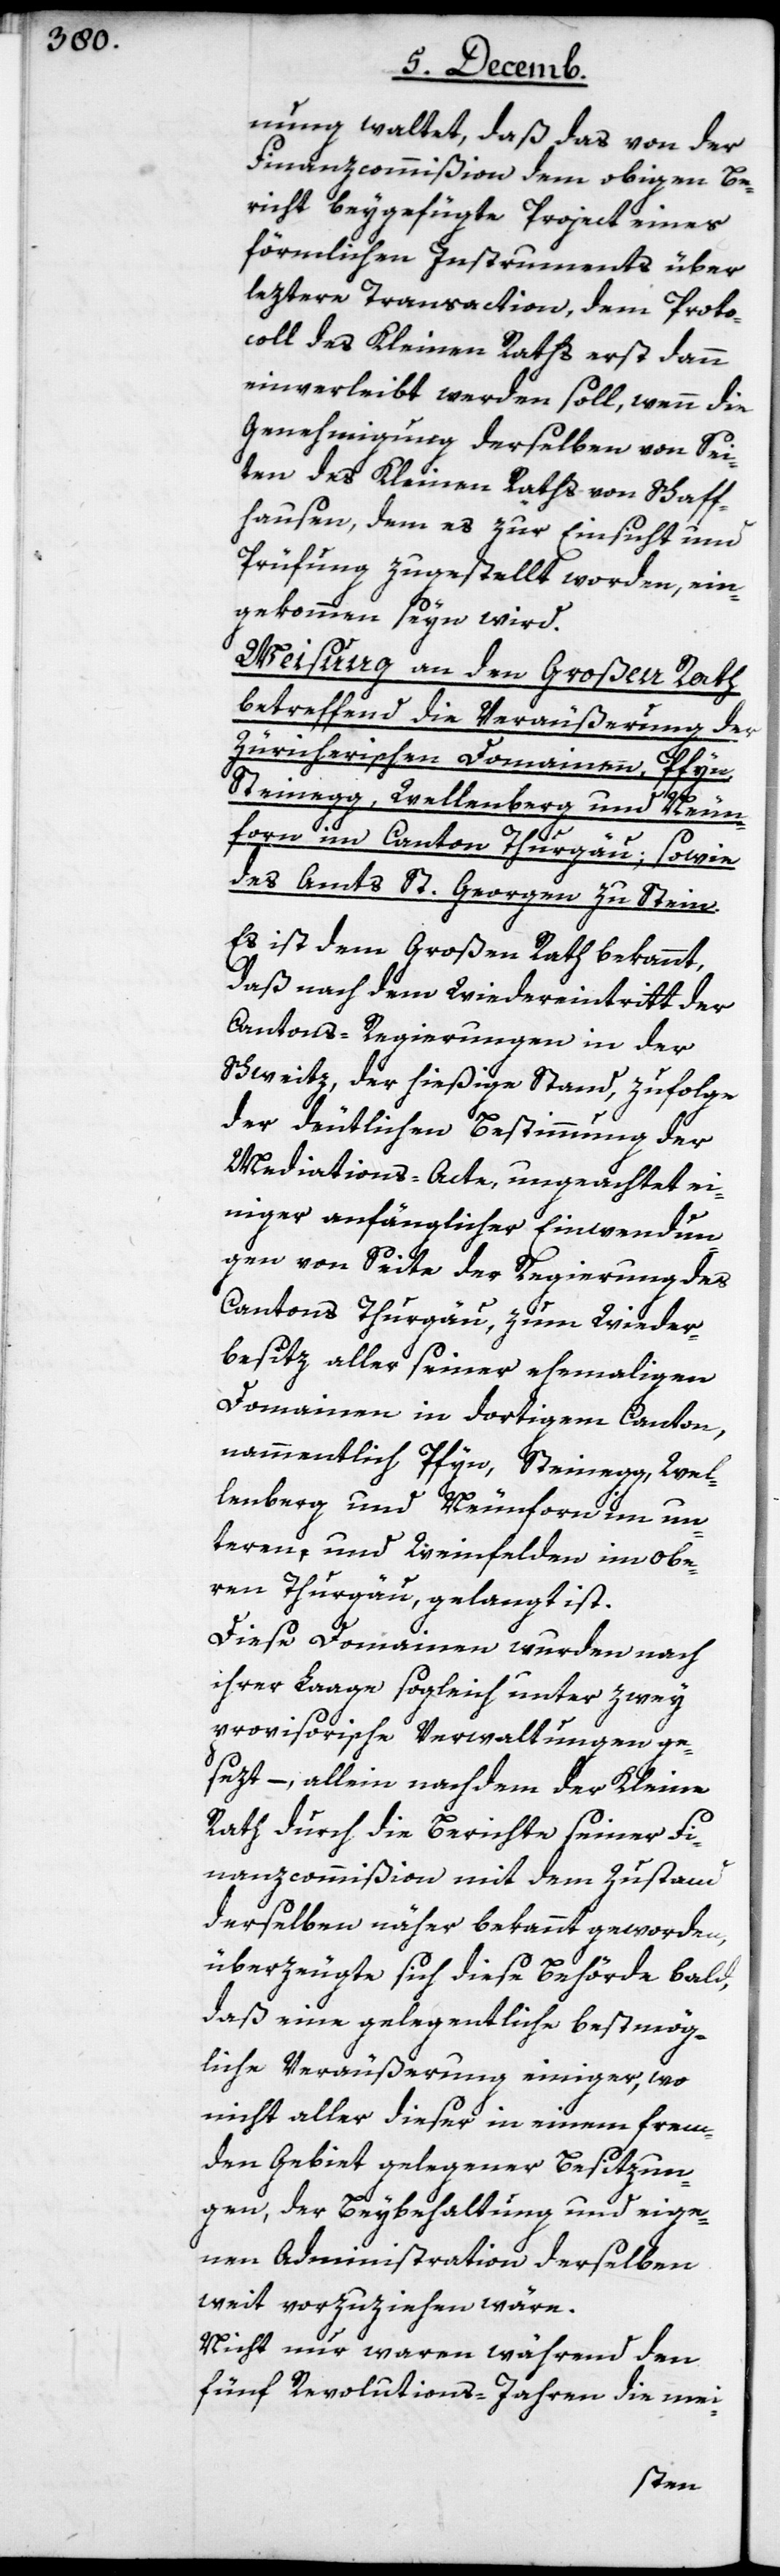
nung waltet, daß das von der
Finanzcommißion dem obigen Be¬
richt beygefügte Project eines
förmlichen Instruments über
leztere Transacation, dem Proto¬
coll des Kleinen Raths erst dann
einverleibt werden soll, wenn die
Genehmigung derselben von Sei¬
ten des Kleinen Raths von Schaff¬
hausen, dem es zur Einsicht und
Prüfung zugestellt worden, ein¬
gekommen seyn wird.
Weisung an den Großen Rath
betreffend die Veräußerung der
Zürcherischen Domainen, Pfyn,
Steinegg, Wellenberg und Neun¬
forn im Canton Thurgäu; sowie
des Amts St. Georgen zu Stein.
Es ist dem Großen Rath bekannt,
daß nach dem Wiedereintritt der
Cantons-Regierungen in der
Schweitz, der hießige Stand, zufolge
der deutlichen Bestimmung der
Mediations-Acte, ungeachtet ei¬
niger anfänglicher Einwendun¬
gen von Seite der Regierung des
Cantons Thurgäu, zum Wieder¬
besitz aller seiner ehemahligen
Domainen in dortigem Canton,
nammentlich Pfyn, Steinegg, Wel¬
lenberg und Neunforn im un¬
teren, und Weinfelden im obe¬
ren Thurgäu, gelangt ist.
Diese Domainen wurden nach
ihrer Laage sogleich unter zwey
provisorische Verwaltungen ge¬
sezt, – allein nach dem der Kleine
Rath durch die Berichte seiner Fi¬
nanzcommißion mit dem Zustand
derselben näher bekannt geworden,
überzeugte sich diese Behörde bald,
daß eine gelegentliche bestmög¬
liche Veräußerung einiger, wo
nicht aller dieser in einem frem¬
den Gebiet gelegener Besitzun¬
gen, der Beybehaltung und eige¬
nen Administration derselben
weit vorzuziehen wäre.
Nicht nur waren während den
fünf Revolutions-Jahren die mei-